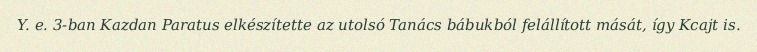
Y. e. 3-ban Kazdan Paratus elkészítette az utolsó Tanács bábukból felállított mását, így Kcajt is.